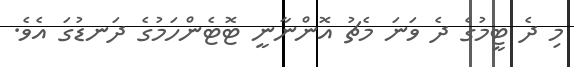
މި ދެ ޓީމުގެ ދެ ވަނަ މެޗު އޮންނާނީ ޓޮޓެންހަމުގެ ދަނޑުގަ އެވެ.